Senior Leaving Certificate Examination (including Day School Certificate (Higher) General paper), 1947
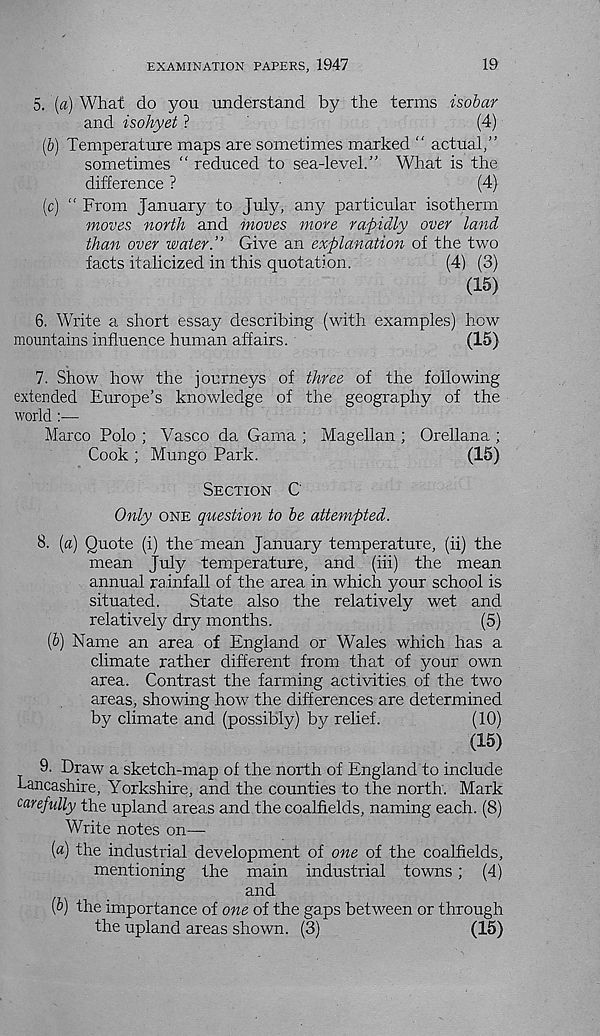
EXAMINATION PAPERS, 1947
19
5. [a) What do you understand by the terms isobar
and isohyet ?
(4)
(6) Temperature maps are sometimes marked “ actual,”
sometimes “ reduced to sea-level.” What is the
difference ?
(4)
(c) " From January to July, any particular isotherm
moves north and moves more rapidly over land
than over water.” Give an explanation of the two
facts italicized in this quotation.
(4) (3)
(15)
6. Write a short essay describing (with examples) how
mountains influence human affairs.
(15)
7. Show how the journeys of three of the following
extended Europe’s knowledge of the geography of the
world :—
Marco Polo ; Vasco da Gama ; Magellan ; Orellana ;
Cook ; Mungo Park.
(15)
Section C
Only one question to be attempted.
8. [a) Quote (i) the mean January temperature, (ii) the
mean July temperature, and (iii) the mean
annual rainfall of the area in which your school is
situated.
State also the relatively wet and
relatively dry months.
(5)
(&) Name an area of England or Wales which has a
climate rather different from that of your own
area. Contrast the farming activities of the two
areas, showing how the differences are determined
by climate and (possibly) by relief.
(10)
(15)
9. Draw a sketch-map of the north of England to include
Lancashire, Yorkshire, and the counties to the north. Mark
carefully the upland areas and the coalfields, naming each. (8)
Write notes on—
(a) the industrial development of one of the coalfields,
mentioning the main industrial towns; (4)
and
(&) the importance of one of the gaps between or through
the upland areas shown. (3)
(15)